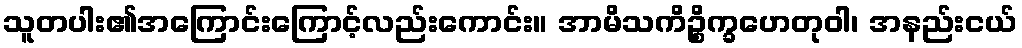
သူတပါး၏အကြောင်းကြောင့်လည်းကောင်း။ အာမိသကိဉ္စိက္ခဟေတုဝါ၊ အနည်းငယ်